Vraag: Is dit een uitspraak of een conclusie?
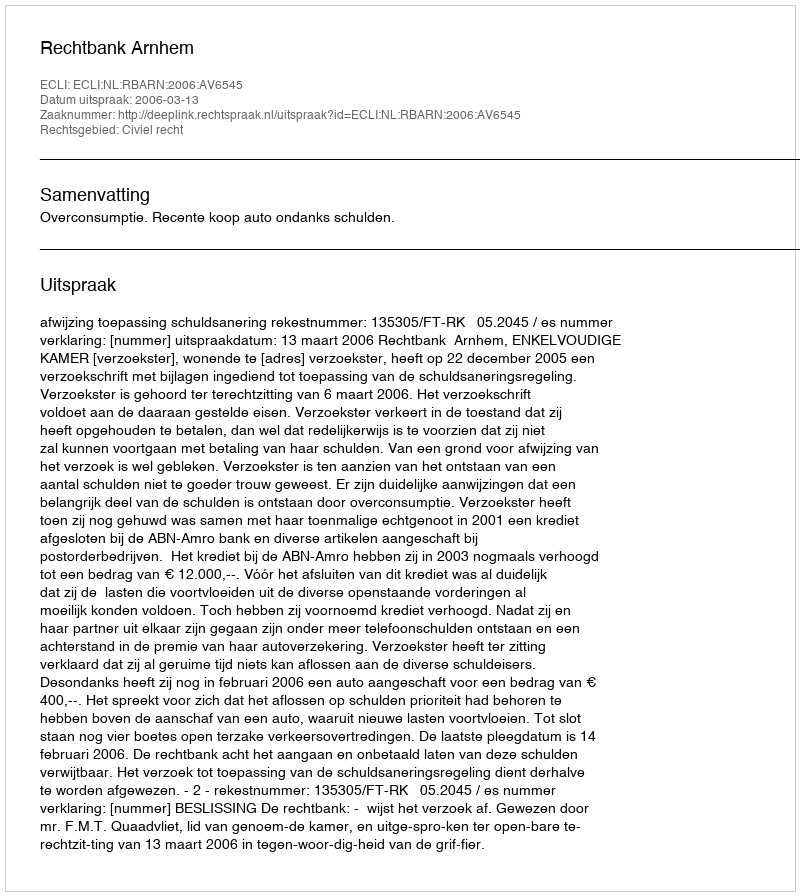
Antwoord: Uitspraak